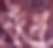
শুঁখ